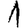
Digit: 1